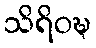
သိရိဝဍ္ဎ